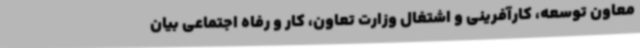
معاون توسعه، کارآفرینی و اشتغال وزارت تعاون، کار و رفاه اجتماعی بیان